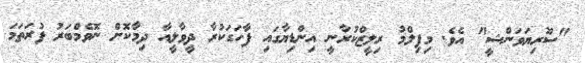
"ސޫރިޔަވަންޝީ" އެވެ. މިފިލްމު ރިލީޒްކުރާނީ އިންޑިޔާގައި ފާހަގަކުރާ ދީވާލީއާ ދިމާކޮށް ނޮވެމްބަރު ފުރަތަމަ